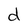
Character: d